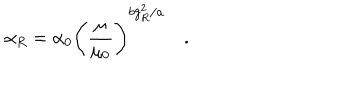
\alpha _ { R } = \alpha _ { 0 } \Biggr ( \frac { \mu } { \mu _ { 0 } } { \Biggr ) } ^ { b g _ { R } ^ { 2 } / a } \quad . \quad